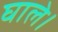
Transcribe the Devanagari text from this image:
घाले।